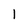
Character: 1